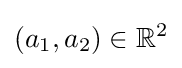
(a_{1},a_{2})\in \mathbb {R} ^{2}